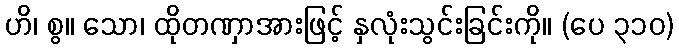
ဟိ၊ စွ။ သော၊ ထိုတဏှာအားဖြင့် နှလုံးသွင်းခြင်းကို။ (ပေ ၃၁၀)